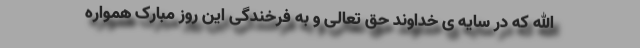
الله که در سایه ی خداوند حق تعالی و به فرخندگی این روز مبارک همواره